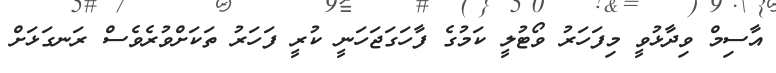
އާސިމް ވިދާޅުވީ މިފަހަރު ވޯޓުލީ ކަމުގެ ފާހަގަޖަހަނީ ކުރީ ފަހަރު ތަކަށްވުރެވެސް ރަނގަޅަށް